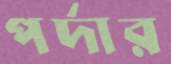
পর্দার